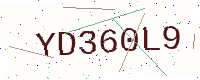
Text: YD360L9